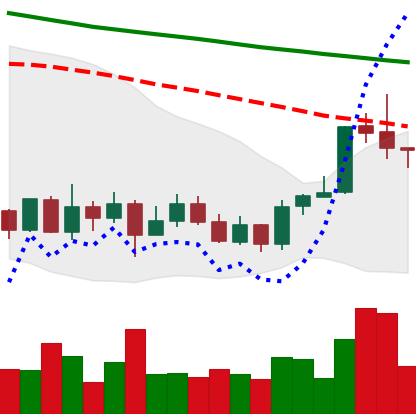
Ticker: ADA-USD
Chart end date: 2020-01-09
Forward return: 14.58%
Label: up_7plus